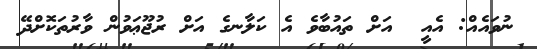
ނުވައެއް: އެއީ  އަށް ތައުބާވެ އެ ކަލާނގެ އަށް ރުޖޫޢަވުން ވާރުތަކޮށްދޭ